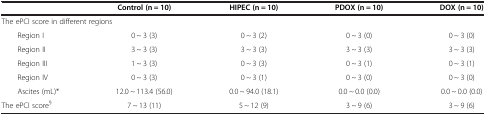
|  | Control (n = 10) | HIPEC (n = 10) | PDOX (n = 10) | DOX (n = 10) |
 | --- | --- | --- | --- | --- |
 | <COLSPAN=5> The ePCI score in different regions |
 | Region I | 0 ~ 3 (3) | 0 ~ 3 (2) | 0 ~ 3 (0) | 0 ~ 3 (0) |
 | Region II | 3 ~ 3 (3) | 3 ~ 3 (3) | 3 ~ 3 (3) | 3 ~ 3 (3) |
 | Region III | 1 ~ 3 (3) | 0 ~ 3 (3) | 0 ~ 3 (1) | 0 ~ 3 (1) |
 | Region IV | 0 ~ 3 (3) | 0 ~ 3 (1) | 0 ~ 3 (0) | 0 ~ 3 (0) |
 | Ascites (mL)* | 12.0 ~ 113.4 (56.0) | 0.0 ~ 94.0 (18.1) | 0.0 ~ 0.0 (0.0) | 0.0 ~ 0.0 (0.0) |
 | The ePCI score§ | 7 ~ 13 (11) | 5 ~ 12 (9) | 3 ~ 9 (6) | 3 ~ 9 (6) |